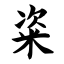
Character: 粢